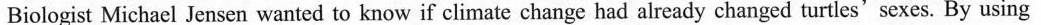
Biologist Michael Jensen wanted to know if climate change had already changed turtles'sexes. By using